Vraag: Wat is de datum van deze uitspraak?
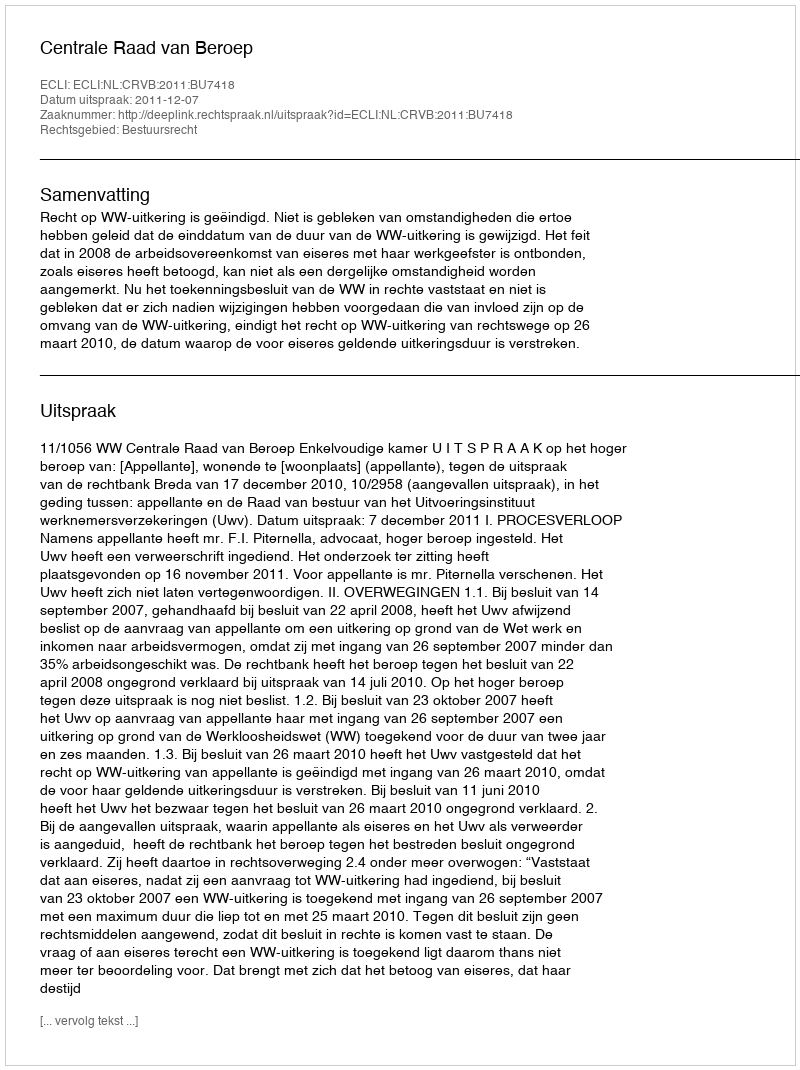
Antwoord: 2011-12-07